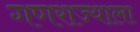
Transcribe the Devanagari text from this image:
गणराज्याला